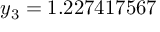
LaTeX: y _ { 3 } = 1 . 2 2 7 4 1 7 5 6 7